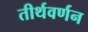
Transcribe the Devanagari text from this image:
तीर्थवर्णन